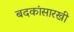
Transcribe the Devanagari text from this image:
बदकांसारखी